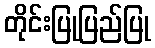
တိုင်းပြုပြည်ပြု